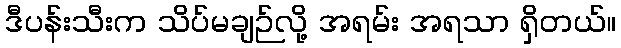
ဒီပန်းသီးက သိပ်မချဉ်လို့ အရမ်း အရသာ ရှိတယ်။